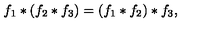
f _ { 1 } * ( f _ { 2 } * f _ { 3 } ) = ( f _ { 1 } * f _ { 2 } ) * f _ { 3 } ,